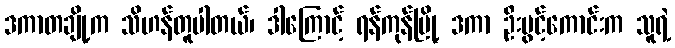
ဒကာတချို့က သိဟန်တူပါတယ်၊ ဒါကြောင့် ရန်ကုန်မြို့ ဒကာ ဦးပွင့်ကောင်းက သူရဲ့